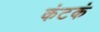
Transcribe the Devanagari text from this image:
कंटकं